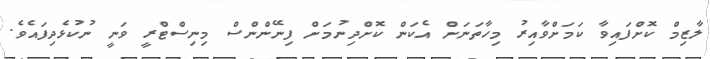
ލާޒިމް ކޮށްފައިވާ ކަމަށްވާއިރު މިހާތަނަށް އެކަން ކޮށްދިނުމަށް ފިނޭންންސް މިނިސްޓްރީ ވަނީ ނުކުޅެދިފައެވެ.